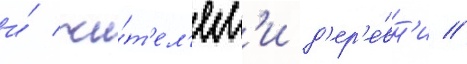
и́ жи́т'ел'ям'и д'ер'е́вн'и //